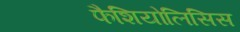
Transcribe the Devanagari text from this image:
फैशियोलिसिस